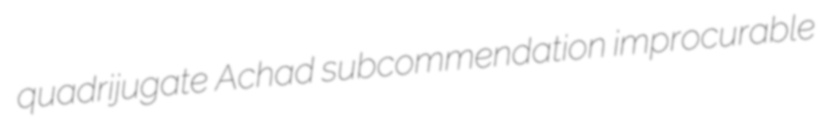
quadrijugate Achad subcommendation improcurable